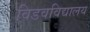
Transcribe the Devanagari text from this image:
विडवविद्यालय